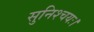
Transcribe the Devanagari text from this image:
सुनिश्चयः।